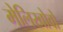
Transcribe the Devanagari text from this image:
मेलिखोवो